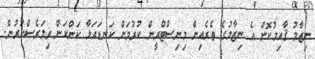
ނިޒާމު ޤާއިމުކޮށް އެ ނިޒާމުގެ ތެރެއިން މިނިސްޓްރީން ކުރުމަށް ކަނޑައަޅާ ކަންކަން ވިލަރެސްކުރުން.